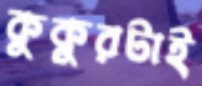
কুকুরটাই